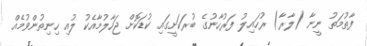
ފާތުމަތު ނީނާ (ލާރާ) ރުހައިލު ފަރުހާނުގެ ބުރަކަށީގައި ކުޑަކޮށް ޖަހާލުމާއެކު ލުއި ހިނިތުންވުމެއް